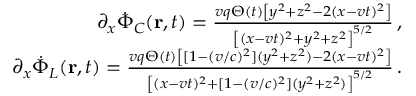
\begin{array} { r } { \partial _ { x } \Dot { \Phi } _ { C } ( { \bf r } , t ) = \frac { v q \Theta ( t ) \left[ y ^ { 2 } + z ^ { 2 } - 2 ( x - v t ) ^ { 2 } \right] } { \left[ ( x - v t ) ^ { 2 } + y ^ { 2 } + z ^ { 2 } \right] ^ { 5 / 2 } } \, , } \\ { \partial _ { x } \Dot { \Phi } _ { L } ( { \bf r } , t ) = \frac { v q \Theta ( t ) \left[ [ 1 - ( v / c ) ^ { 2 } ] ( y ^ { 2 } + z ^ { 2 } ) - 2 ( x - v t ) ^ { 2 } \right] } { \left[ ( x - v t ) ^ { 2 } + [ 1 - ( v / c ) ^ { 2 } ] ( y ^ { 2 } + z ^ { 2 } ) \right] ^ { 5 / 2 } } \, . } \end{array}